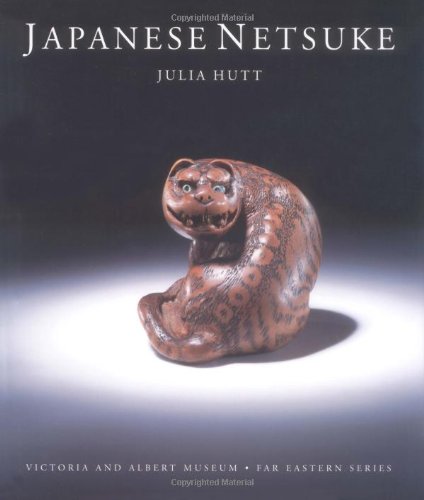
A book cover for Japanese Netsuke; Julia Hutt; Crafts, Hobbies & Home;